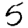
Digit: 5